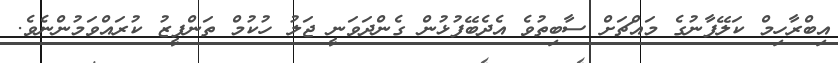
އިބްރާހިމް ކަލޭފާނުގެ މައްޗަށް ސާބިތުވެ އެދެބޭފުޅުން ގެންދަވަނީ ޖަލު ހުކުމް ތަންފީޒު ކުރައްވަމުންނެވެ.